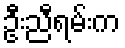
ဦးညီရမ်းက